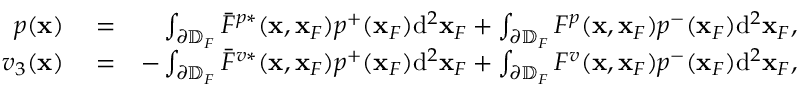
\begin{array} { r l r } { p ( { \bf x } ) } & { { } = } & { \int _ { \partial \mathbb { D } _ { F } } \bar { F } ^ { p * } ( { \bf x } , { \bf x } _ { F } ) p ^ { + } ( { \bf x } _ { F } ) \mathrm { d } ^ { 2 } { \bf x } _ { F } + \int _ { \partial \mathbb { D } _ { F } } F ^ { p } ( { \bf x } , { \bf x } _ { F } ) p ^ { - } ( { \bf x } _ { F } ) \mathrm { d } ^ { 2 } { \bf x } _ { F } , } \\ { v _ { 3 } ( { \bf x } ) } & { { } = } & { - \int _ { \partial \mathbb { D } _ { F } } \bar { F } ^ { v * } ( { \bf x } , { \bf x } _ { F } ) p ^ { + } ( { \bf x } _ { F } ) \mathrm { d } ^ { 2 } { \bf x } _ { F } + \int _ { \partial \mathbb { D } _ { F } } F ^ { v } ( { \bf x } , { \bf x } _ { F } ) p ^ { - } ( { \bf x } _ { F } ) \mathrm { d } ^ { 2 } { \bf x } _ { F } , } \end{array}